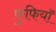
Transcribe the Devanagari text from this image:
फुफियाॅ